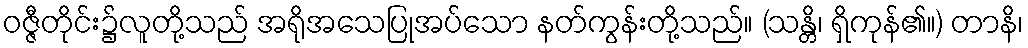
ဝဇ္ဇီတိုင်း၌လူတို့သည် အရိုအသေပြုအပ်သော နတ်ကွန်းတို့သည်။ (သန္တိ၊ ရှိကုန်၏။) တာနိ၊